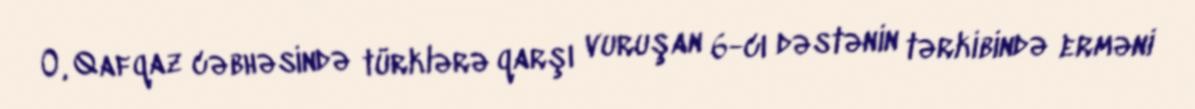
O, Qafqaz cəbhəsində türklərə qarşı vuruşan 6-cı dəstənin tərkibində erməni